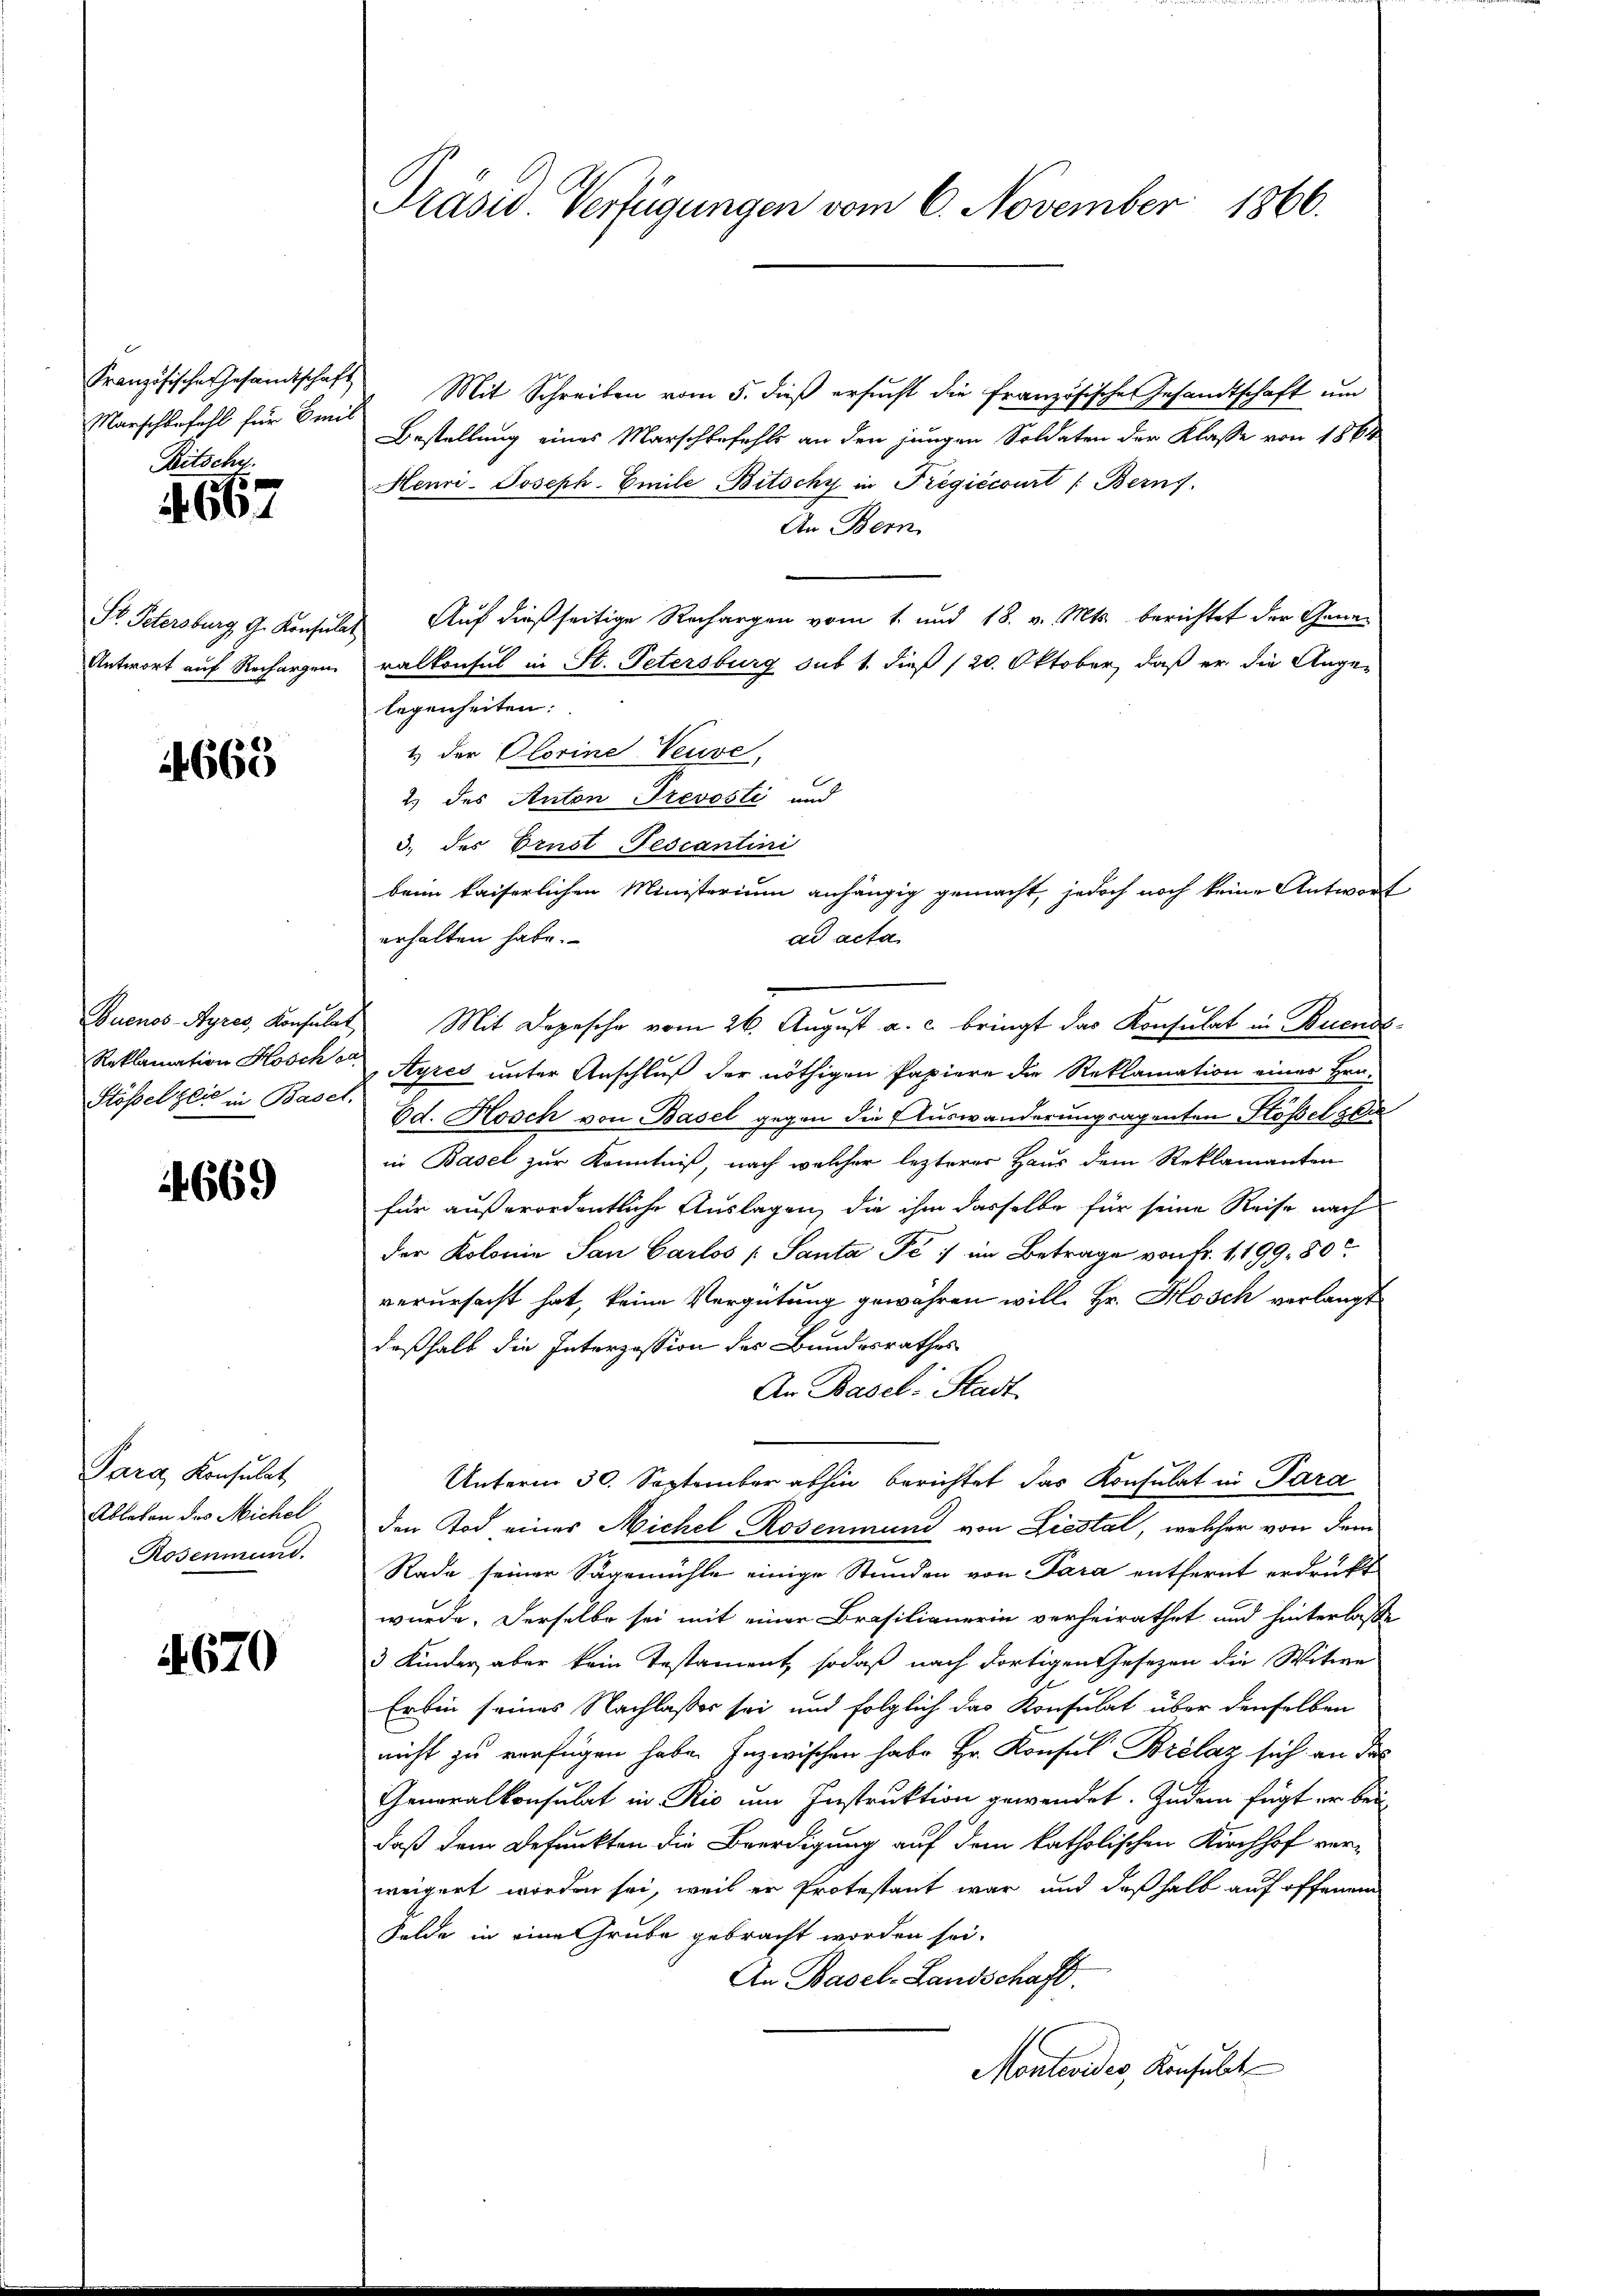
Französische Gesandtschaft
Marschbefehl für Emil
Bitschy.

667

St. Petersburg, G. Konsulat
Antwort auf Rechargen

4668

Buenos-Ayres, Konsulat
Reklamation Hosche
Stösselzli in Basel,

669

Para, Konsulat
Ableben des Michel
Rosenmund.

670

Präsid Verfügungen vom 6. November 1866.

Mit Schreiben vom 5. dieß ersucht die französische Gesandtschaft um
Bestellung eines Marschbefehls an den jungen Soldaten der Klasse von 1864
Henri-Joseph. Emile Bitschy in Tregićcourt (Berns.
An Bern
Auf dießseitige Rechargen vom 1. und 18. v. Mts. berichtet der Generalkonsul in St. Petersburg sub 1. dieß (20. Oktober, daß er die Angelegenheiten:
1) der OlorineVeuve,
2.) des Anton Trevosti und
3. des Ernst-Fescantini
erhalten habe.
Mit Depesche vom 26. August a. c. bringt das Konsulat in Buende
Ayres unter Anschluß der nöthigen Papiere die Reklamation einer Hrn.
Ed. Kosch von Basel gegen die Auswanderungsagenten Stößel gen
in Basel zur Kenntniß, nach welcher lezterer Haus dem Reklamanten
für außerordentliche Auslagen, die ihm dasselbe für seine Reise nach
der Kolonie San Carlos (Santa Pé: im Betrage von Fr. 1199. 80
verursacht hat, keine Vergütung gewahren will. Hr. Hosch verlangt
deßhalb die Interzession des Bundesrathes
An Basel: Stadt
Unterm 30. September abhin berichtet das Konsulat in Para
den Tod eines Michel Rosenmund von Liestal, welcher von dem
Rade seiner Sägemühle einige Stunden von Para entfernt erdrukt
wurde. Derselbe sei mit einer Brasilianerin verheirathet und hinterlasse
3 Kinder aber kein Testament, sodaß nach dortigen Gesezen die Witwe
Erbin seines Nachlaßes sei und folglich das Konsulat über denselben
nicht zu verfügen habe. Inzwischen habe Hr. Konsul Brélaz sich an des
Gemoralkonsulat in Rio um Instruktion gewendet. Zudem fügt er bei
daß dem Befunkten die Beerdigung auf dem katholischen Kirchhof verweigert worden sei, weil er Protestant war und deßhalb auf offenem
Felde in eine Grube gebracht worden sei.
An Basel-Landschaft.
Montevides, Konsult

beim kaiserlichen Ministerium anhängig gemacht, jedoch noch keine Antwort
ad acta